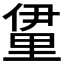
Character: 𮡖